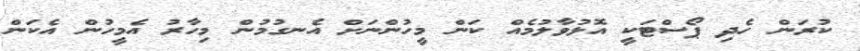
ކުރަން ހެދި ޕޯސްޓަކީ އޮޅުވާލުމެއް ކަން މީހުންނަށް އެނގުމުން މިހާރު އެމީހުން އެކަން